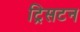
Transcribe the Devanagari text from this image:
ट्रिसटन